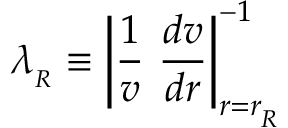
\lambda _ { _ R } \equiv \left| { \frac { 1 } { v } } \ { \frac { d v } { d r } } \right| _ { r = r _ { _ R } } ^ { - 1 }